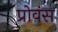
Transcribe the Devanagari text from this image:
प्रोवंस